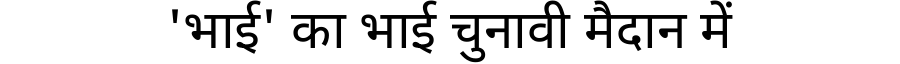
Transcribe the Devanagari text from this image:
'भाई' का भाई चुनावी मैदान में